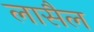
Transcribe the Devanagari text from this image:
लासैल